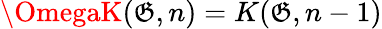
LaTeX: \OmegaK(\mathfrak{G},n)=K(\mathfrak{G},n-1)